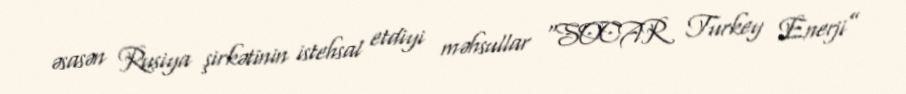
əsasən Rusiya şirkətinin istehsal etdiyi məhsullar “SOCAR Turkey Enerji”